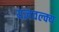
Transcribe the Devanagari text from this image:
यज्ञवल्क्य